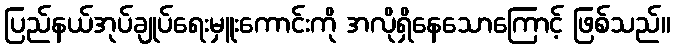
ပြည်နယ်အုပ်ချုပ်ရေးမှူးကောင်းကို အလိုရှိနေသောကြောင့် ဖြစ်သည်။